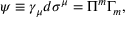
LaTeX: \psi \equiv \gamma _ { \mu } d \sigma ^ { \mu } = \Pi ^ { m } \Gamma _ { m } ,